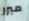
مبرر